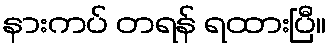
နားကပ် တရန် ရထားပြီ။